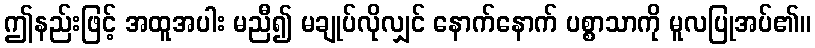
ဤနည်းဖြင့် အထူအပါး မညီ၍ မချုပ်လိုလျှင် နောက်နောက် ပစ္စာသာကို မူလပြုအပ်၏။